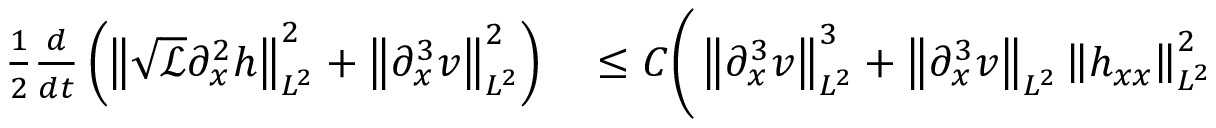
\begin{array} { r l } { \frac { 1 } { 2 } \frac { d } { d t } \left( \left\| \sqrt { \mathscr { L } } \partial _ { x } ^ { 2 } h \right\| _ { L ^ { 2 } } ^ { 2 } + \left\| \partial _ { x } ^ { 3 } v \right\| _ { L ^ { 2 } } ^ { 2 } \right) } & { { } \leq C \bigg ( \left\| \partial _ { x } ^ { 3 } v \right\| _ { L ^ { 2 } } ^ { 3 } + \left\| \partial _ { x } ^ { 3 } v \right\| _ { L ^ { 2 } } \left\| h _ { x x } \right\| _ { L ^ { 2 } } ^ { 2 } } \end{array}